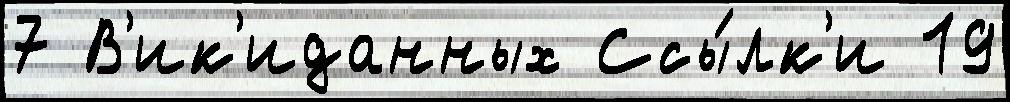
7 В'ик'иданных Ссы́лк'и 19